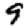
Digit: 9